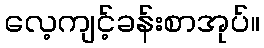
လေ့ကျင့်ခန်းစာအုပ်။